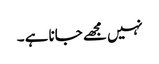
نہیں مجھے جانا ہے ۔